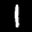
Label: 1